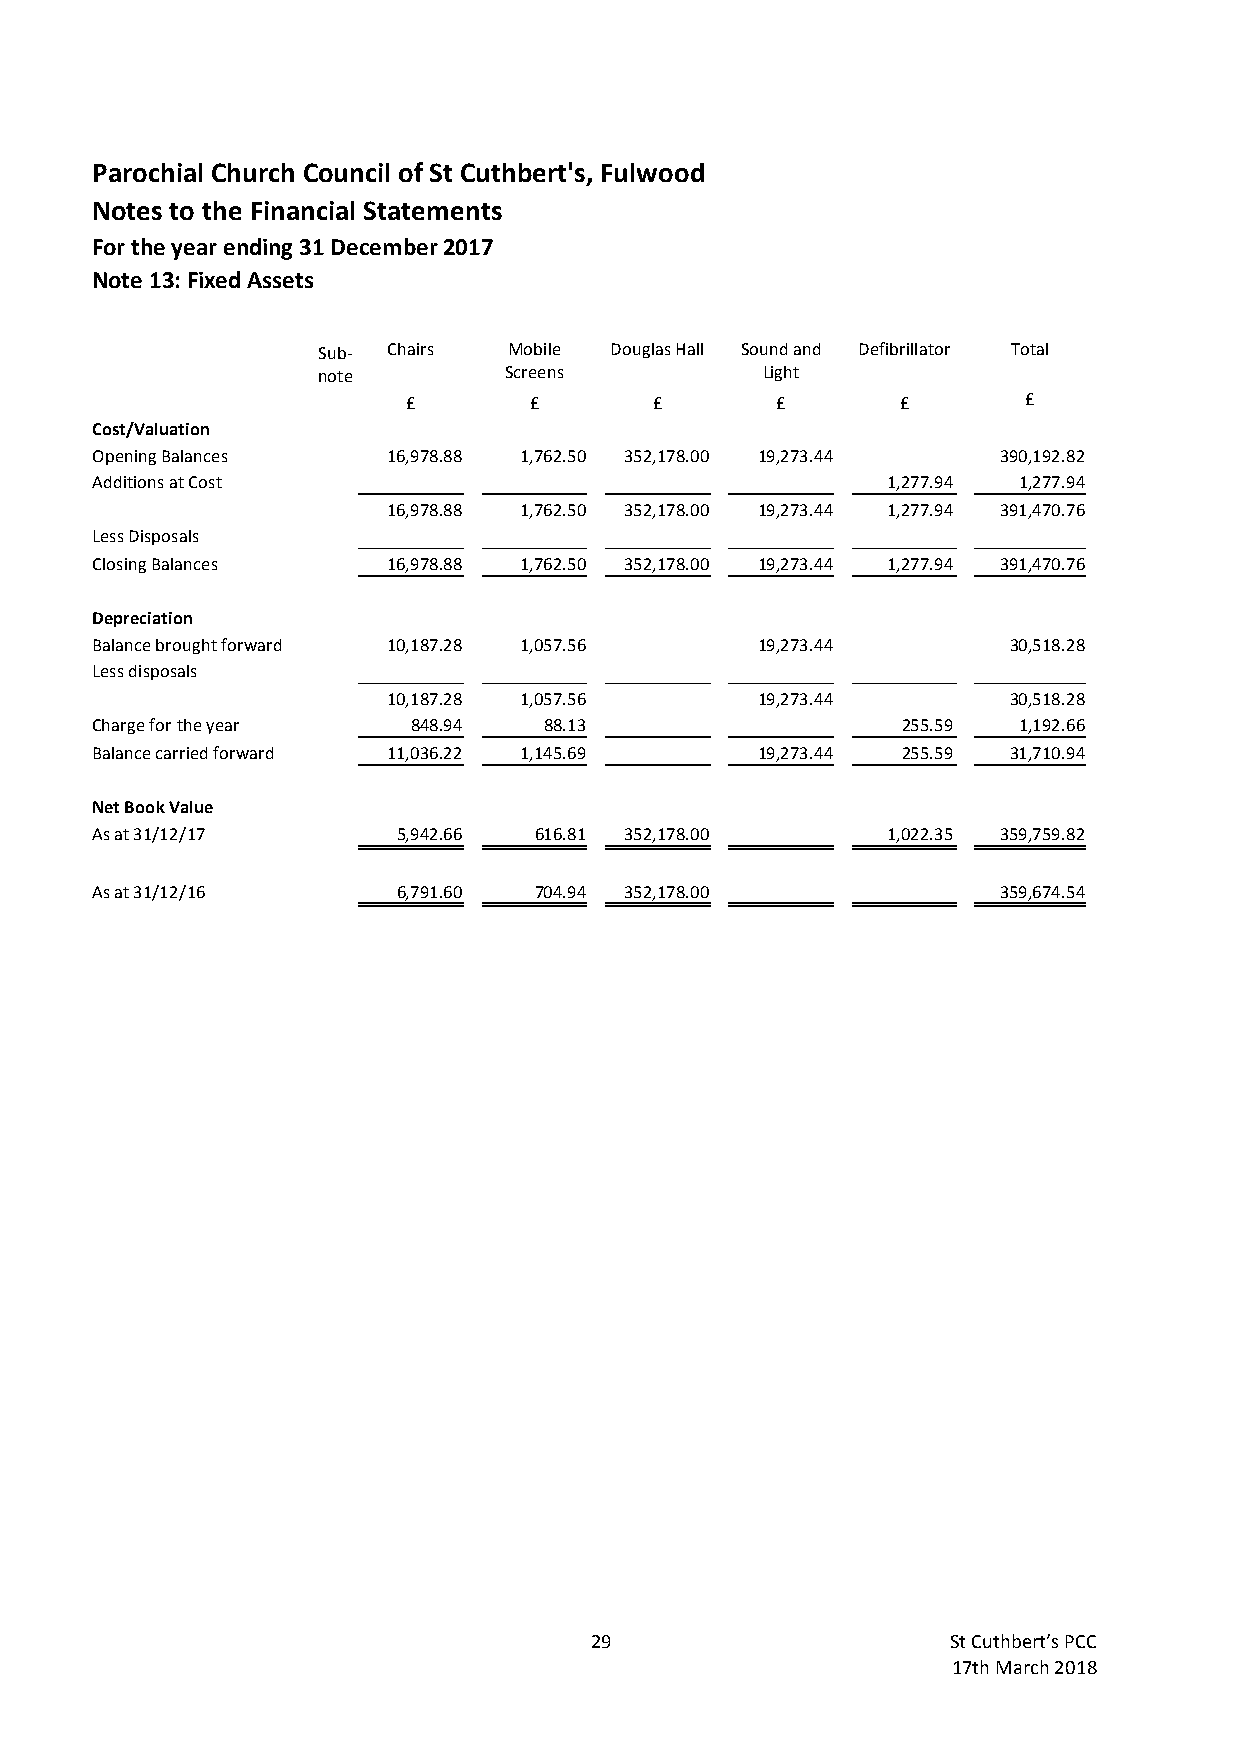
Parochial Church Council of St Cuthbert's, Fulwood
 Notes to the Financial Statements
 For the year ending 31 December 2017
 Note 13: Fixed Assets
 Sub- Chairs  Mobile Douglas Hall Sound and Defibrillator Total
 note        Screens          Light
 £       £       £       £        £       £
 Cost/Valuation
 Opening Balances    16,978.88 1,762.50 352,178.00 19,273.44 390,192.82
 Additions at Cost                                    1,277.94 1,277.94
 16,978.88 1,762.50 352,178.00 19,273.44 1,277.94 391,470.76
 Less Disposals
 Closing Balances    16,978.88 1,762.50 352,178.00 19,273.44 1,277.94 391,470.76
 Depreciation
 Balance brought forward 10,187.28 1,057.56  19,273.44        30,518.28
 Less disposals
 10,187.28 1,057.56      19,273.44        30,518.28
 Charge for the year  848.94   88.13                   255.59 1,192.66
 Balance carried forward 11,036.22 1,145.69  19,273.44 255.59 31,710.94
 Net Book Value
 As at 31/12/17      5,942.66 616.81 352,178.00       1,022.35 359,759.82
 As at 31/12/16      6,791.60 704.94 352,178.00              359,674.54
 29                      St Cuthbert’s PCC
 17th March 2018